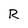
Character: R